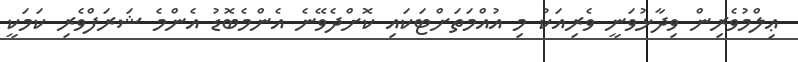
ޢިލްމުވެރިން ވިދާޅުވަނީ ވެރިއަކު މި އުއްމަތަށްޓަކައި ކޮށްދެވޭނެ އެންމެބޮޑު އެންމެ ޝަރަފްވެރި ކަމަކީ